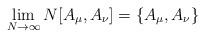
LaTeX: \begin{align*}\lim_{N\rightarrow\infty}N[A_{\mu},A_{\nu}]=\{A_{\mu},A_{\nu}\}\end{align*}